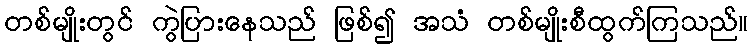
တစ်မျိုးတွင် ကွဲပြားနေသည် ဖြစ်၍ အသံ တစ်မျိုးစီထွက်ကြသည်။